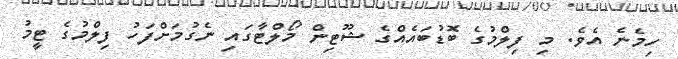
ހިމެނެ އެވެ. މި ފިލްމުގެ ބޮޑުބައެއްގެ ޝޫޓިން މޯލްޓާގައި ނެގުމަށްފަހު ފިލްމުގެ ޓީމު